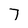
Character: 7